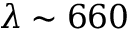
\lambda \sim 6 6 0